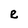
Character: R